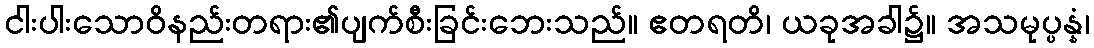
ငါးပါးသောဝိနည်းတရား၏ပျက်စီးခြင်းဘေးသည်။ ဧတရတိ၊ ယခုအခါ၌။ အသမုပ္ပန္နံ၊